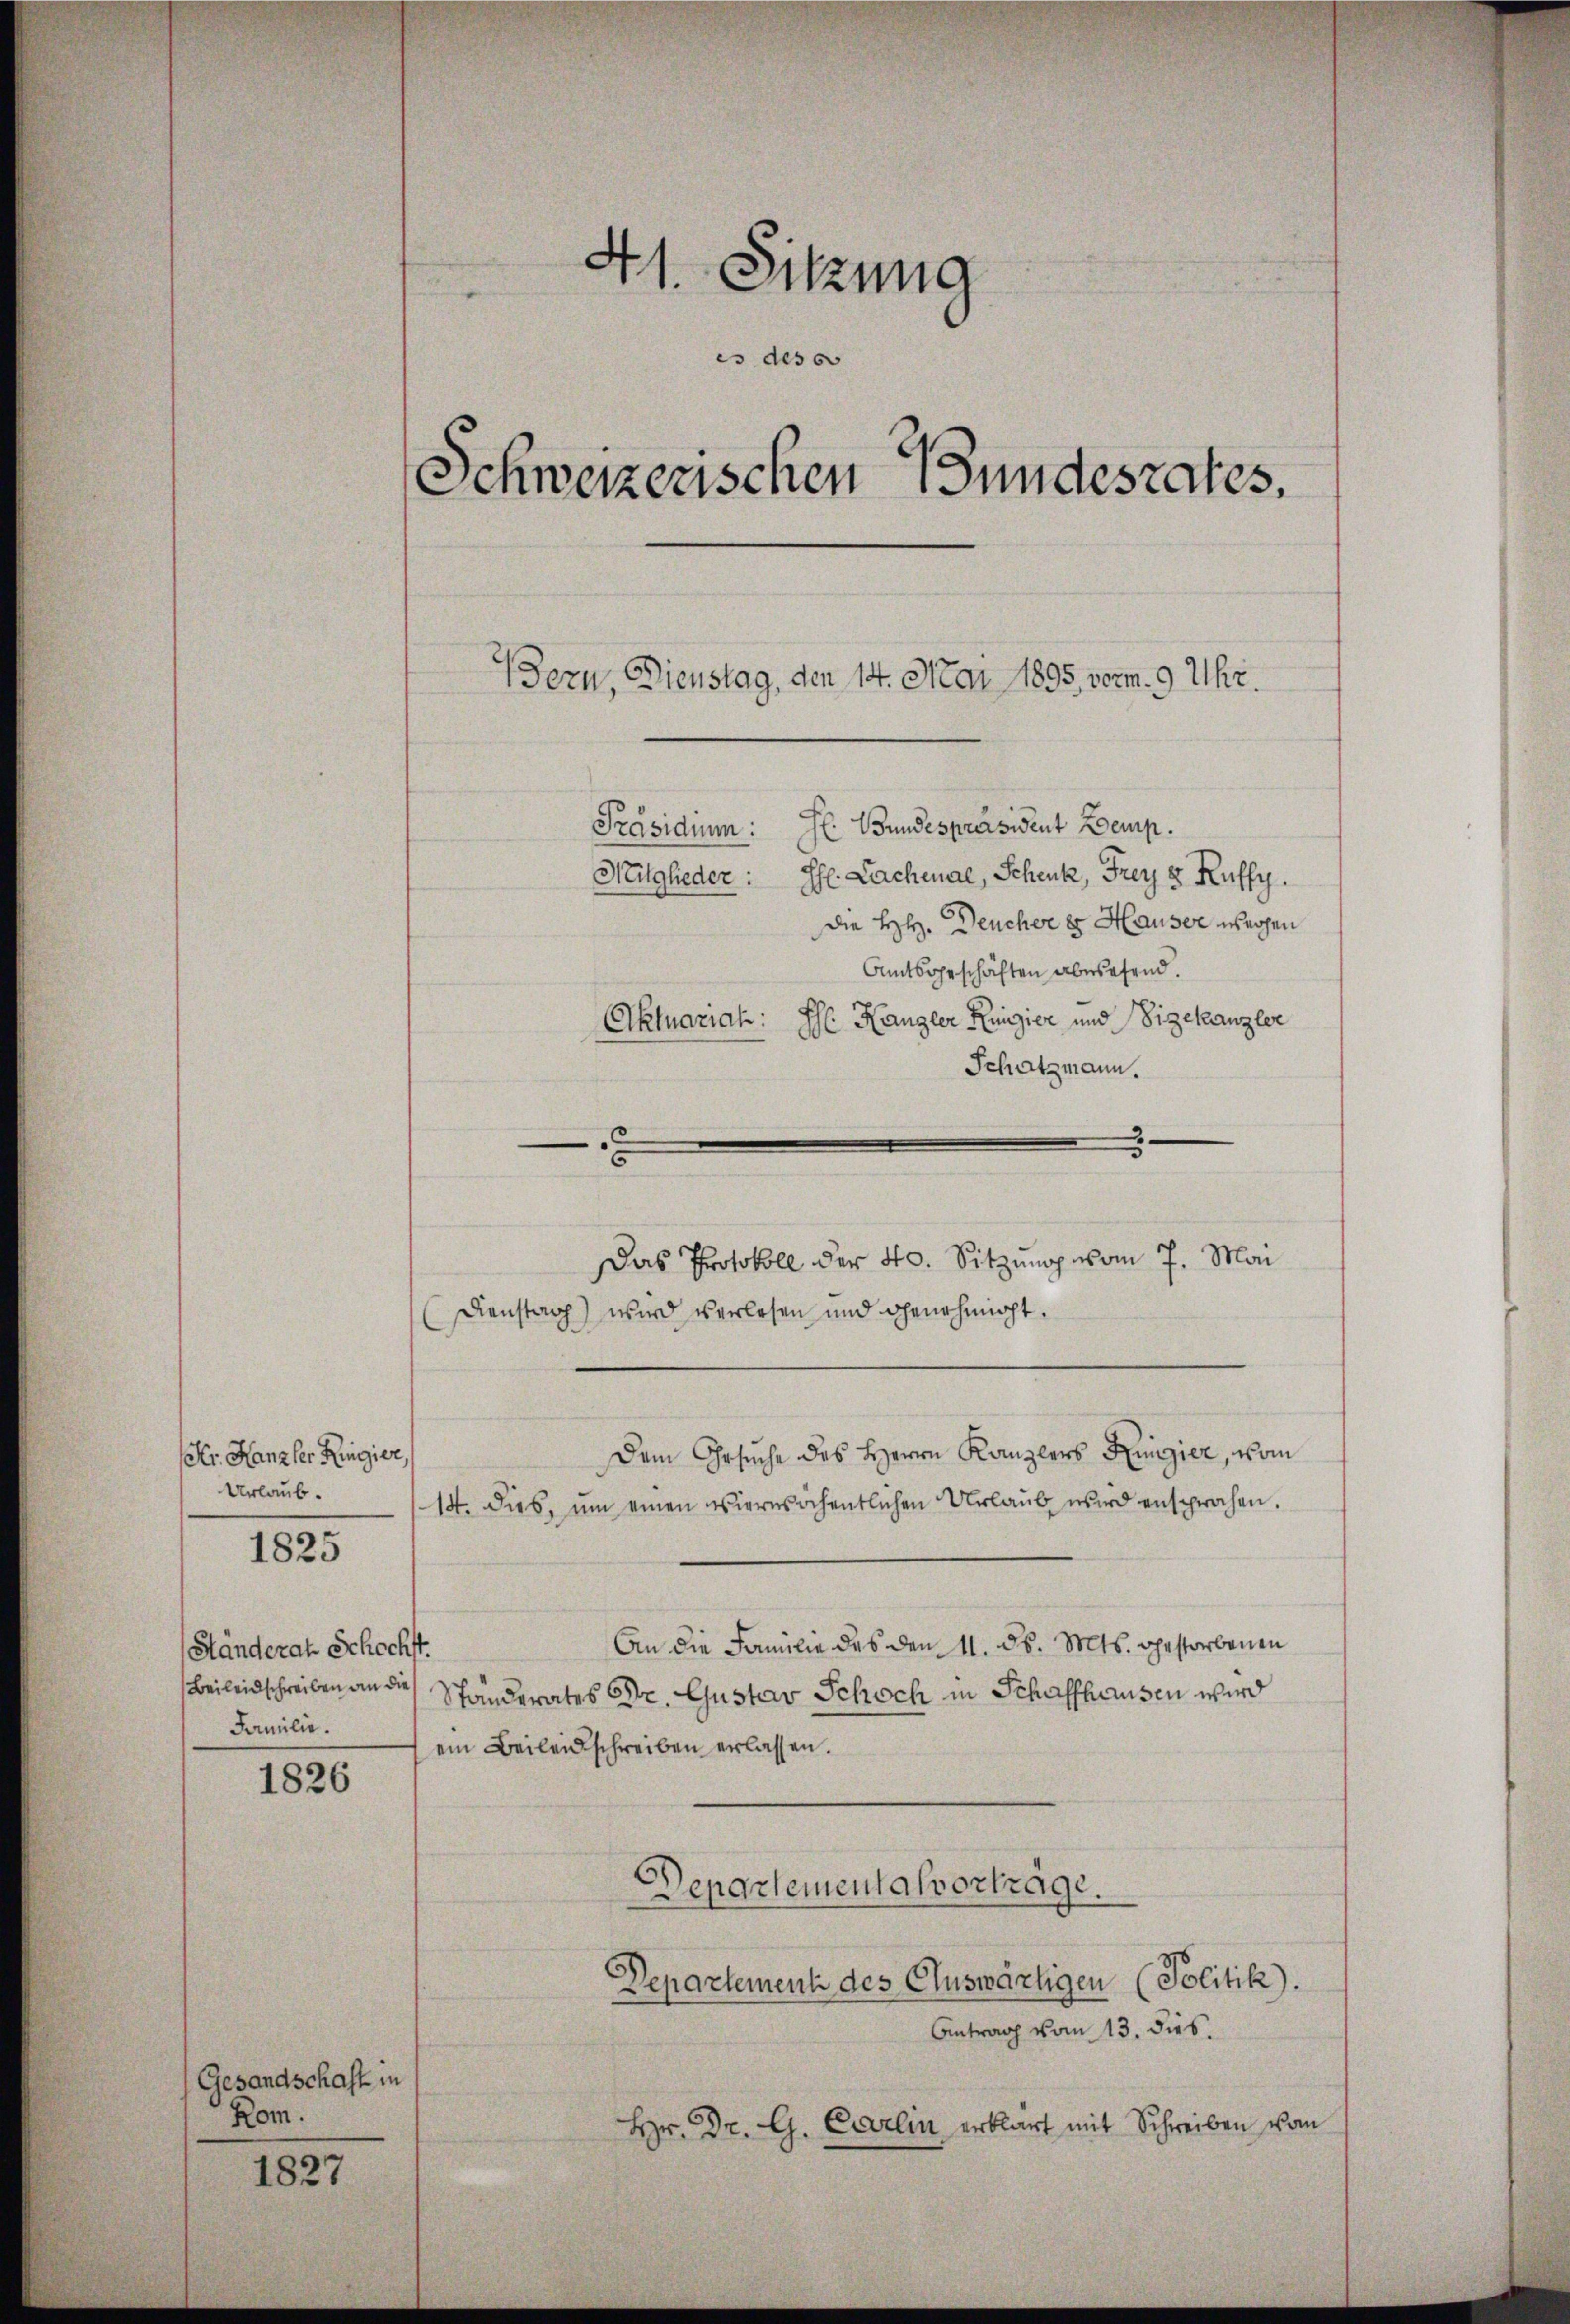
Fr. Kanzler Regier,
Urlaub.

1825

Händeral Schochst.
Beileidschreiben an die
Familie.

1826

Gesandschaft in
Rom.

1827

41. Sitzung
es des so
Schweizerischen Wundesrates.
Jern, Dienstag, den 14. Mai 1895 vorm. 9 Uhr.
Präsidium: F. Bundespräsident Boemp.
Mitglieder: Pf. Lachenal, Schenk, Frey v Kuffy.
die HH. Deucher es Hauser wegen
Amtsgeschäften abersehend.
Aktuariat: Hr. Kanzler Kunzier und Sigekanzler

Schatzmann.
Das Protokoll der 40. Sitzung vom 7. Mai
Dienstag) wird verlesen und genehmigt.
Dem Ersuche des Herrn Kanzlers Ringier, vom
14. dies, um einen viersichentlichen Urlaub wird ansprochen.
An die Familie des den 11. ds. Mts. gestorbenen
Ständerates Dr. Gustav Schoch in Schaffhausen wird
ein Beileidschreiben erlassen.
Departemental vortrage.
Departement des Eluswärtigen (Politik).
Antrag vom 13. dies.
Hr. Dr. G. Carlin erklärt mit Schreiben von

¬